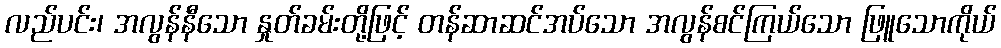
လည်ပင်း၊ အလွန်နီသော နှုတ်ခမ်းတို့ဖြင့် တန်ဆာဆင်အပ်သော အလွန်စင်ကြယ်သော ဖြူသောကိုယ်